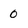
Character: 0